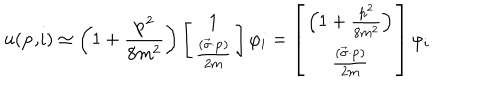
u ( \mathbf { p , } i ) \simeq \left( 1 + \frac { \mathbf { p } ^ { 2 } } { 8 m ^ { 2 } } \right) \left[ \begin{array} { c } { { 1 } } \\ { { \frac { ( \overrightarrow { \mathbf { \sigma } } \mathbf { \cdot p } ) } { 2 m } } } \\ \end{array} \right] \varphi _ { i } = \left[ \begin{array} { c } { { \left( 1 + \frac { \mathbf { p } ^ { 2 } } { 8 m ^ { 2 } } \right) } } \\ { { \frac { ( \overrightarrow { \mathbf { \sigma } } \mathbf { \cdot p } ) } { 2 m } } } \\ \end{array} \right] \varphi _ { i }